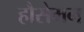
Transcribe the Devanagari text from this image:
हौसेमन